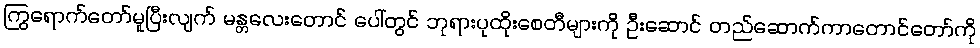
ကြွရောက်တော်မူပြီးလျက် မန္တလေးတောင် ပေါ်တွင် ဘုရားပုထိုးစေတီများကို ဦးဆောင် တည်ဆောက်ကာတောင်တော်ကို